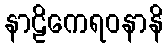
နာဠိကေရဝနာနိ